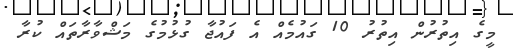
މީގެ އިތުރުން އިތުރު 10 ގައުމެއް އެ ފައުޖާ ގުޅުމުގެ މަޝްވާރާތައް ކުރާ